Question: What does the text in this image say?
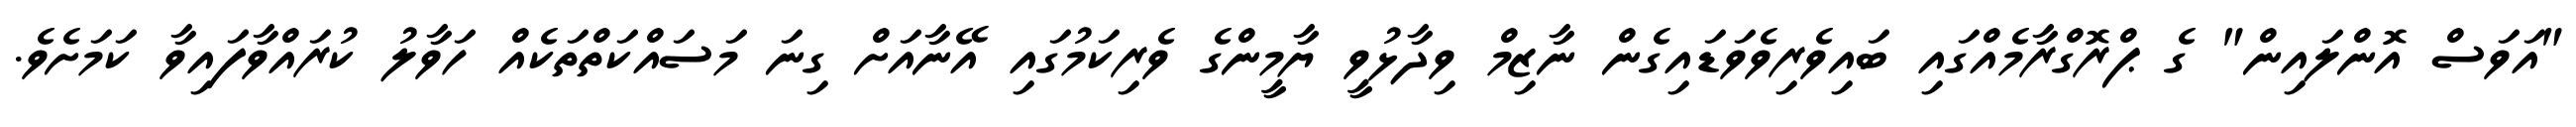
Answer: "އަވަސް އޮންލައިން" ގެ ޕްރޮގްރާމެއްގައި ބައިވެރިވެވަޑައިގެން ނާޒިމް ވިދާޅުވީ ޔާމީންގެ ވެރިކަމުގައި އޭނާއަށް ގިނަ މަސައްކަތްތަކެއް ހަވާލު ކުރައްވާފައިވާ ކަމަށެވެ.